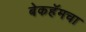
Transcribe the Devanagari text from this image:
बेकहॅमचा